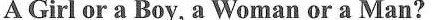
A Girl or a Boy, a Woman or a Man?